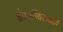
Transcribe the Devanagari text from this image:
इंग्रजांविरूद्धात